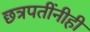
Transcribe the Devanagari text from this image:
छत्रपतींनीही